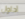
أحاول